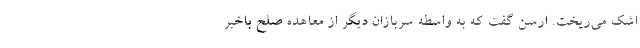
اشک می‌ریخت. ارسن گفت که به واسطه سربازان دیگر از معاهده صلح باخبر